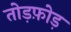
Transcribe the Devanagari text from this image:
तोड़फ़ोड़